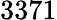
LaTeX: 3371